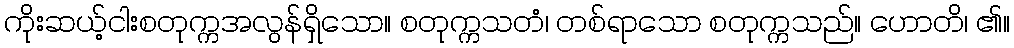
ကိုးဆယ့်ငါးစတုက္ကအလွန်ရှိသော။ စတုက္ကသတံ၊ တစ်ရာသော စတုက္ကသည်။ ဟောတိ၊ ၏။